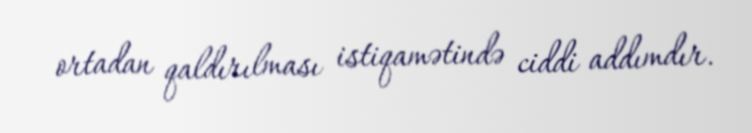
ortadan qaldırılması istiqamətində ciddi addımdır.